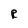
Character: R